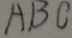
A B C